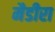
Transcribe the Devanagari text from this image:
मैडीरा